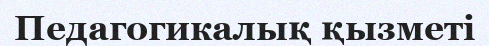
Педагогикалық қызметі